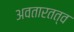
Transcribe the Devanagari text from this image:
अवतारतत्व